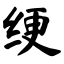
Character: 绠